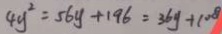
4 y ^ { 2 } = 5 6 y + 1 9 6 = 3 6 y + 1 0 8